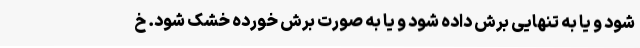
شود و یا به تنهایی برش داده شود و یا به صورت برش خورده خشک شود. خ